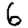
Digit: 6